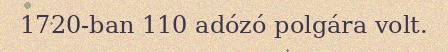
1720-ban 110 adózó polgára volt.